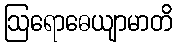
ဩရောဓေယျာမာတိ